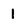
Character: 1